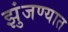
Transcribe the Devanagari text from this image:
झुंजण्यात